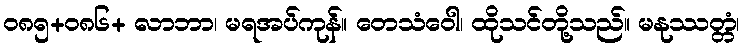
ဝ၈၅+၀၈၆+ လာဘာ၊ မရအပ်ကုန်။ တေသံဝေါ၊ ထိုသင်တို့သည်။ မနုဿတ္တံ၊